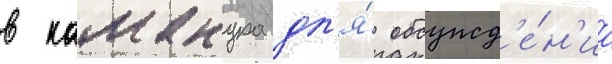
в камакура дл'я́ обсужд'е́н'иа